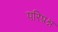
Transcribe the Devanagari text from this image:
परिप्रश्न